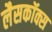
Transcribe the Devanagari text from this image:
लैसकॉक्स